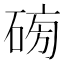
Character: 𥓯